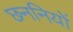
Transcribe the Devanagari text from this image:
छननियों